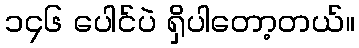
၁၄၆ ပေါင်ပဲ ရှိပါတော့တယ်။